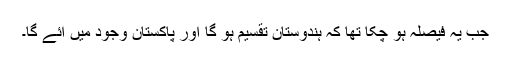
جب یہ فیصلہ ہو چکا تھا کہ ہندوستان تقسیم ہو گا اور پاکستان وجود میں آئے گا۔